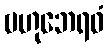
ဗဟုဘေရဝံ